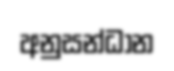
අනුසන්ධාන